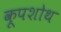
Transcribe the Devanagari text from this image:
कूपशोथ